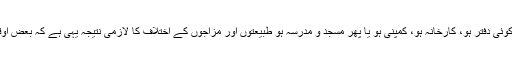
ہر وہ جگہ جہاں بہت سے لوگ جمع ہوتے ہیں چاہے وہ خاندانی ادارہ ہو، تعلیمی ادارہ ہو ، کوئی دفتر ہو، کارخانہ ہو، کمپنی ہو یا پھر مسجد و مدرسہ ہو طبیعتوں اور مزاجوں کے اختلاف کا لازمی نتیجہ یہی ہے کہ بعض اوقات کسی بات یا کام کو لے کر بحث و مباحثے اور لڑائی جھگڑے تک بات پہنچ جاتی ہے۔